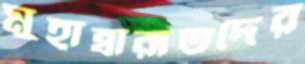
মুহাব্বারাতদের